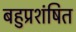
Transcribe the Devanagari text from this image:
बहुप्रशंषित